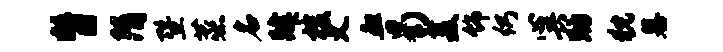
瞥隋暨蒸名肄梭义血曷菱饰仍心兴助猊墓